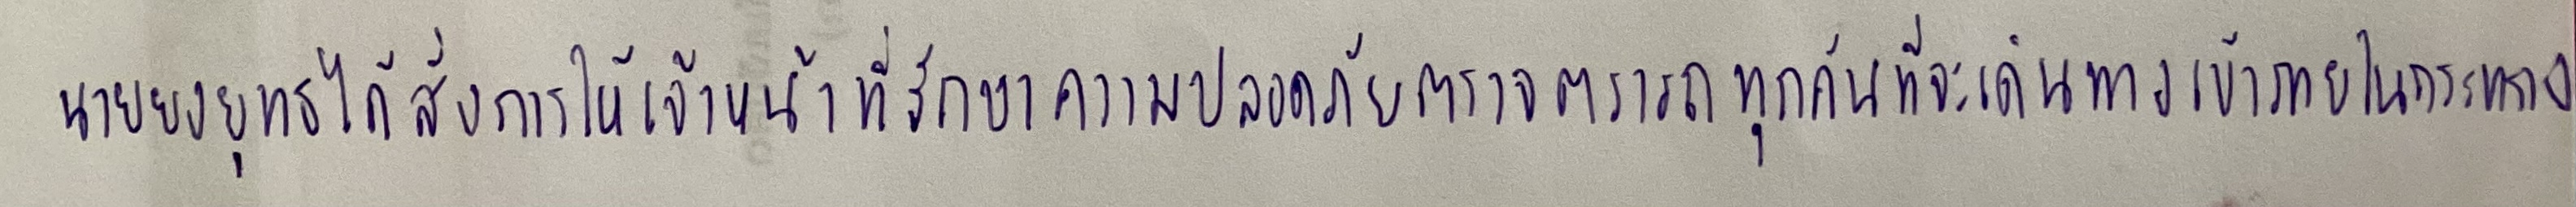
นายยงยุทธได้สั่งการให้เจ้าหน้าที่รักษาความปลอดภัยตรวจตรารถทุกคันที่จะเดินทางเข้าภายในกระทรวง